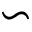
\backsim